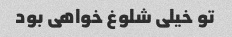
تو خیلی شلوغ خواهی بود